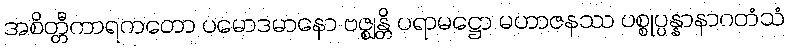
အစိတ္တီကာရကတော ပမောဒမာနော ဗဇ္ဈန္တိ ပရာမဋ္ဌော မဟာဇနဿ ပစ္စုပ္ပန္နာနာဂတံသံ